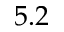
5 . 2